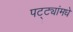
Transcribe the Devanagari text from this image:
पट्ट्यांमधे